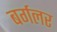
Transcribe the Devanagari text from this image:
बर्गलर